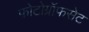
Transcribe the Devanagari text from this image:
फ़ोटोग्रॉफसेट